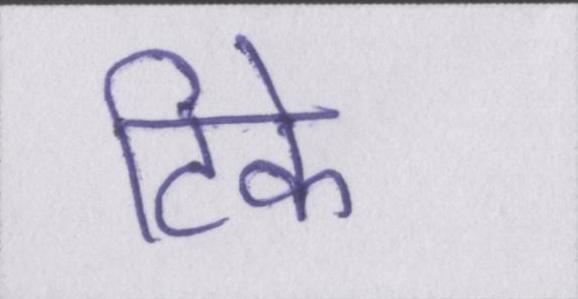
टिके